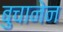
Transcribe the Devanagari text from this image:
बुचानेन